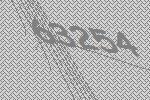
63254